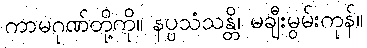
ကာမဂုဏ်တို့ကို။ နပ္ပသံသန္တိ၊ မချီးမွမ်းကုန်။